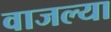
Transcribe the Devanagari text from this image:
वाजल्या